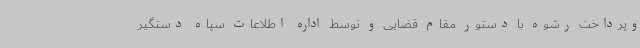
وپرداخت رشوه با دستور مقام قضایی و توسط اداره اطلاعات سپاه دستگیر